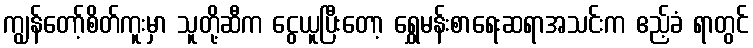
ကျွန်တော့်စိတ်ကူးမှာ သူတို့ဆီက ငွေယူပြီးတော့ ရွှေမန်းစာရေးဆရာအသင်းက ဧည့်ခံ ရာတွင်